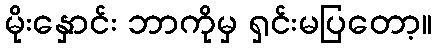
မိုးနှောင်း ဘာကိုမှ ရှင်းမပြတော့။